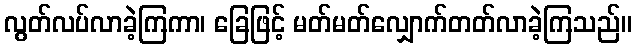
လွတ်လပ်လာခဲ့ကြကာ၊ ခြေဖြင့် မတ်မတ်လျှောက်တတ်လာခဲ့ကြသည်။